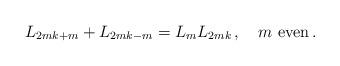
LaTeX: \begin{align*}L_{2mk + m} + L_{2mk - m} = L_m L_{2mk}\,,\quad\mbox{$m$ even}\,. \end{align*}